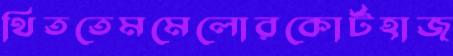
থিততেমমেলোরকোর্টহাজ